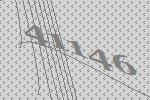
41146